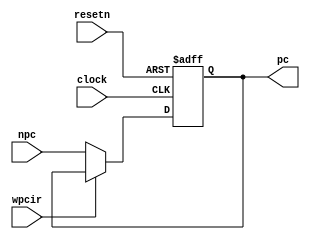
module pipepc ( npc,wpcir,clock,resetn,pc );
	input[31:0] npc;
	input wpcir, clock, resetn;
	output[31:0] pc;
	reg[31:0] pc;
	always @ (negedge resetn or posedge clock)
      if (resetn == 0) 
      	begin
          // q <=0;
          pc <= -4;
      	end 
      else if(!wpcir)
      	begin
          pc <= npc;
      	end
endmodule